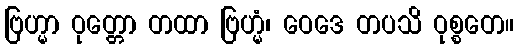
ဗြဟ္မာ ဝုတ္တော တထာ ဗြဟ္မံ၊ ဝေဒေ တပသိ ဝုစ္စတေ။